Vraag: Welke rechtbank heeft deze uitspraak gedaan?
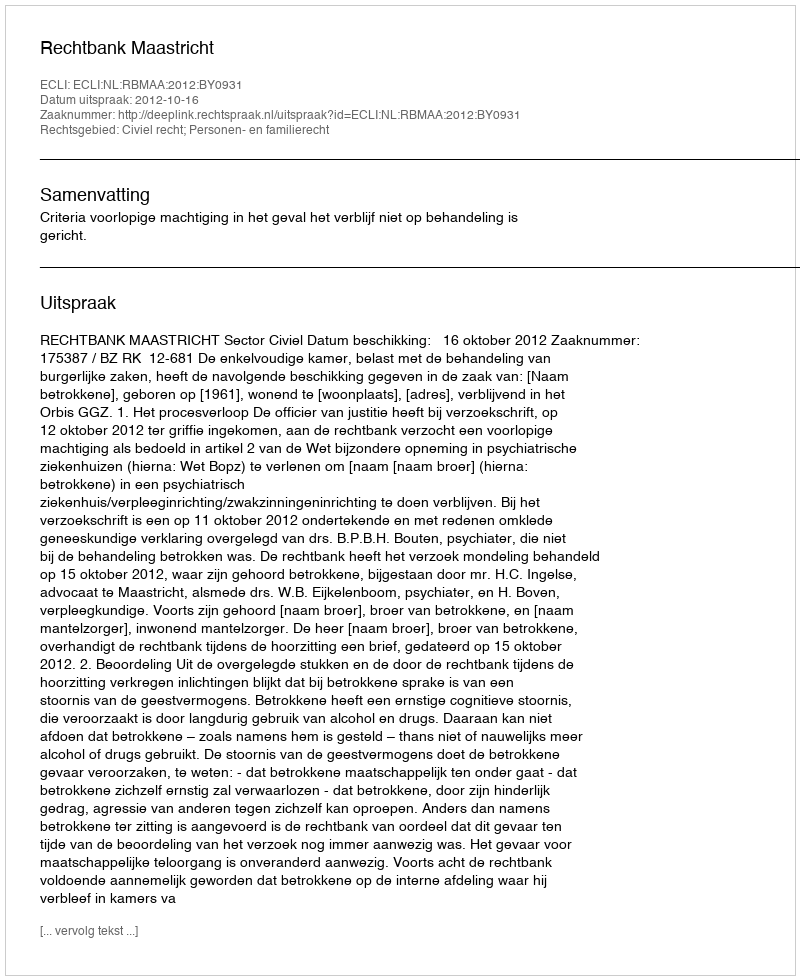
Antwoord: Rechtbank Maastricht